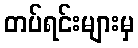
တပ်ရင်းများမှ